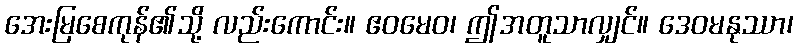
အေးမြစေကုန်၏သို့ လည်းကောင်း။ ဧဝမေဝ၊ ဤအတူသာလျှင်။ ဒေဝမနုဿာ၊